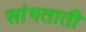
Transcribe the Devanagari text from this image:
सांगताती